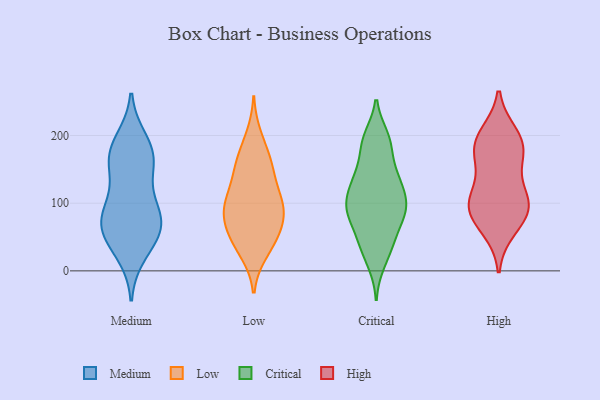
{"axis": {"x": "Page Views", "y": "Value"}, "legend": ["Critical", "High", "Low", "Medium"], "data": [{"x": "", "y": 27, "type": "Medium"}, {"x": "", "y": 54, "type": "Medium"}, {"x": "", "y": 191, "type": "Medium"}, {"x": "", "y": 156, "type": "Medium"}, {"x": "", "y": 91, "type": "Medium"}, {"x": "", "y": 161, "type": "Medium"}, {"x": "", "y": 172, "type": "Medium"}, {"x": "", "y": 52, "type": "Medium"}, {"x": "", "y": 76, "type": "Medium"}, {"x": "", "y": 103, "type": "Medium"}, {"x": "", "y": 72, "type": "Medium"}, {"x": "", "y": 67, "type": "Medium"}, {"x": "", "y": 173, "type": "Medium"}, {"x": "", "y": 200, "type": "Low"}, {"x": "", "y": 111, "type": "Low"}, {"x": "", "y": 50, "type": "Low"}, {"x": "", "y": 181, "type": "Low"}, {"x": "", "y": 26, "type": "Low"}, {"x": "", "y": 93, "type": "Low"}, {"x": "", "y": 87, "type": "Low"}, {"x": "", "y": 103, "type": "Low"}, {"x": "", "y": 96, "type": "Low"}, {"x": "", "y": 146, "type": "Low"}, {"x": "", "y": 152, "type": "Low"}, {"x": "", "y": 53, "type": "Low"}, {"x": "", "y": 110, "type": "Low"}, {"x": "", "y": 155, "type": "Low"}, {"x": "", "y": 68, "type": "Low"}, {"x": "", "y": 154, "type": "Low"}, {"x": "", "y": 28, "type": "Low"}, {"x": "", "y": 94, "type": "Low"}, {"x": "", "y": 67, "type": "Low"}, {"x": "", "y": 54, "type": "Low"}, {"x": "", "y": 128, "type": "Critical"}, {"x": "", "y": 48, "type": "Critical"}, {"x": "", "y": 189, "type": "Critical"}, {"x": "", "y": 86, "type": "Critical"}, {"x": "", "y": 91, "type": "Critical"}, {"x": "", "y": 134, "type": "Critical"}, {"x": "", "y": 194, "type": "Critical"}, {"x": "", "y": 97, "type": "Critical"}, {"x": "", "y": 38, "type": "Critical"}, {"x": "", "y": 165, "type": "Critical"}, {"x": "", "y": 11, "type": "Critical"}, {"x": "", "y": 139, "type": "Critical"}, {"x": "", "y": 198, "type": "Critical"}, {"x": "", "y": 87, "type": "Critical"}, {"x": "", "y": 37, "type": "Critical"}, {"x": "", "y": 131, "type": "Critical"}, {"x": "", "y": 92, "type": "Critical"}, {"x": "", "y": 107, "type": "Critical"}, {"x": "", "y": 72, "type": "Critical"}, {"x": "", "y": 153, "type": "High"}, {"x": "", "y": 103, "type": "High"}, {"x": "", "y": 86, "type": "High"}, {"x": "", "y": 104, "type": "High"}, {"x": "", "y": 88, "type": "High"}, {"x": "", "y": 102, "type": "High"}, {"x": "", "y": 200, "type": "High"}, {"x": "", "y": 63, "type": "High"}, {"x": "", "y": 187, "type": "High"}, {"x": "", "y": 184, "type": "High"}, {"x": "", "y": 181, "type": "High"}]}